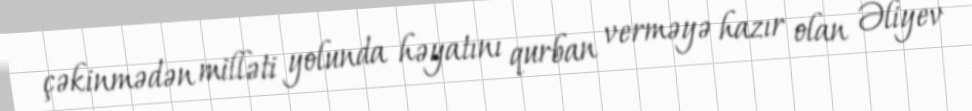
çəkinmədən milləti yolunda həyatını qurban verməyə hazır olan Əliyev